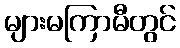
များမကြာမီတွင်